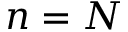
n = N